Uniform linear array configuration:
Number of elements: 4
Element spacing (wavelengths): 1
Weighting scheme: binomial
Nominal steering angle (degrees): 60
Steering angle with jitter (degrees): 58.753
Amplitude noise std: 0.05
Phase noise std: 0.05

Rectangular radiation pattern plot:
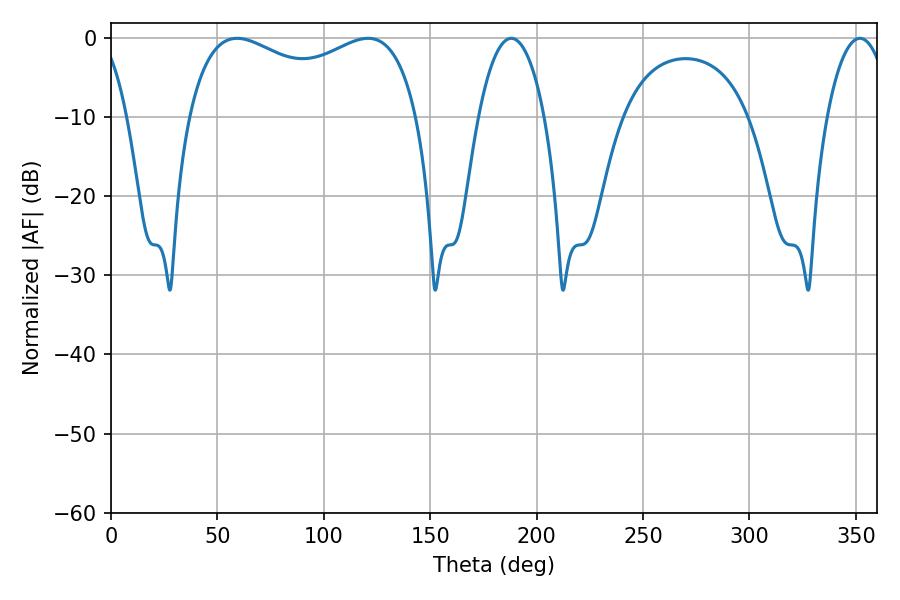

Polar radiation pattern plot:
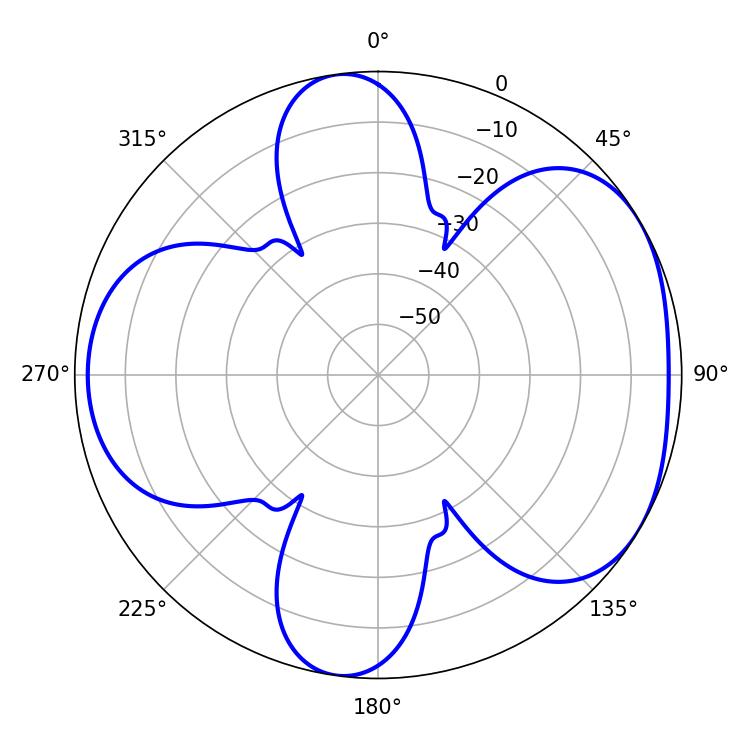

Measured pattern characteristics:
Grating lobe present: TRUE
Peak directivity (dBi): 4.793
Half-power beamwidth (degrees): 89.28
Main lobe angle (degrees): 120.78